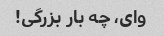
وای، چه بار بزرگی!